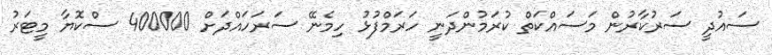
ސައުދީ ސަރުކާރުން މަސައްކަތް ކުރަމުންދަނީ ހަރަމްފުޅު ހިމެނޭ ސަރަހައްދަށް 400000 ސްކޮޔާ މީޓަރު